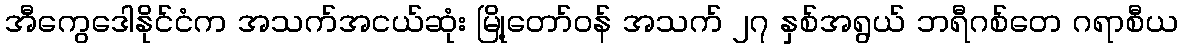
အီကွေဒေါနိုင်ငံက အသက်အငယ်ဆုံး မြို့တော်ဝန် အသက် ၂၇ နှစ်အရွယ် ဘရီဂစ်တေ ဂရာစီယ